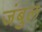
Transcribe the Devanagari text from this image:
जंबुल